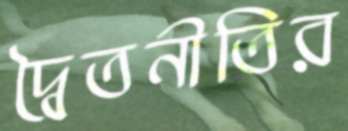
দ্বৈতনীতির